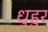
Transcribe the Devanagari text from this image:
धुहुर